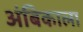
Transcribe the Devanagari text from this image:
अंबिकाला